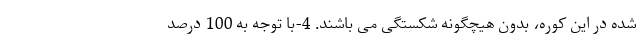
شده در این کوره، بدون هیچگونه شکستگی می باشند. 4-با توجه به 100 درصد